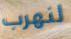
لنهرب